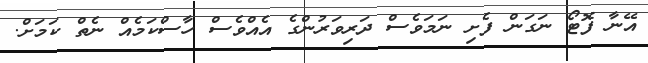
އޭނާ ފޮޓޯ ނަގަން ފެށި ނަމަވެސް ދަރިވަރުންގެ އެއްވެސް ހާސްކަމެއް ނެތް ކަމަށް.